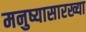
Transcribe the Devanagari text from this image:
मनुष्यासारख्या